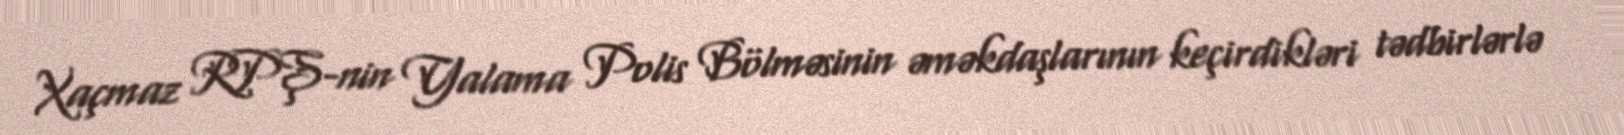
Xaçmaz RPŞ-nin Yalama Polis Bölməsinin əməkdaşlarının keçirdikləri tədbirlərlə